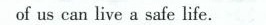
of us can live a safe life.